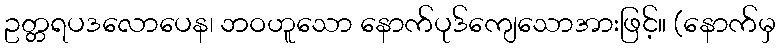
ဥတ္တရပဒလောပေန၊ ဘဝဟူသော နောက်ပုဒ်ကျေသောအားဖြင့်။ (နောက်မှ